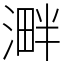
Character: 溿